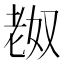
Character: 𫅴